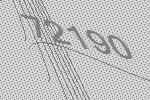
72190